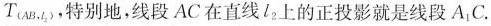
T_{(AB,l_{2})},特别地，线段AC在直线l_{2}上的正投影就是线段A_{1}C.